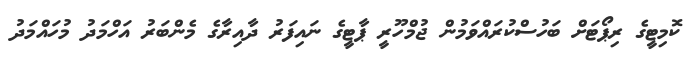
ކޮމިޓީގެ ރިޕޯޓަށް ބަހުސްކުރައްވަމުން ޖުމްހޫރީ ޕާޓީގެ ނައިފަރު ދާއިރާގެ މެންބަރު އަހްމަދު މުހައްމަދު